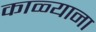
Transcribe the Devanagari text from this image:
काळ्याना